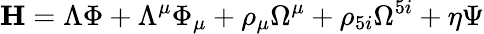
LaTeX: \mathrm{\mathbf{H}}=\Lambda{\Phi}+\Lambda^{\mu}{\Phi}_{\mu}+\rho_{\mu}\Omega^{\mu}+\rho_{5i}\Omega^{5i}+\eta\Psi